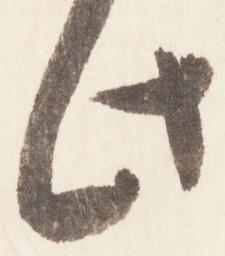
此